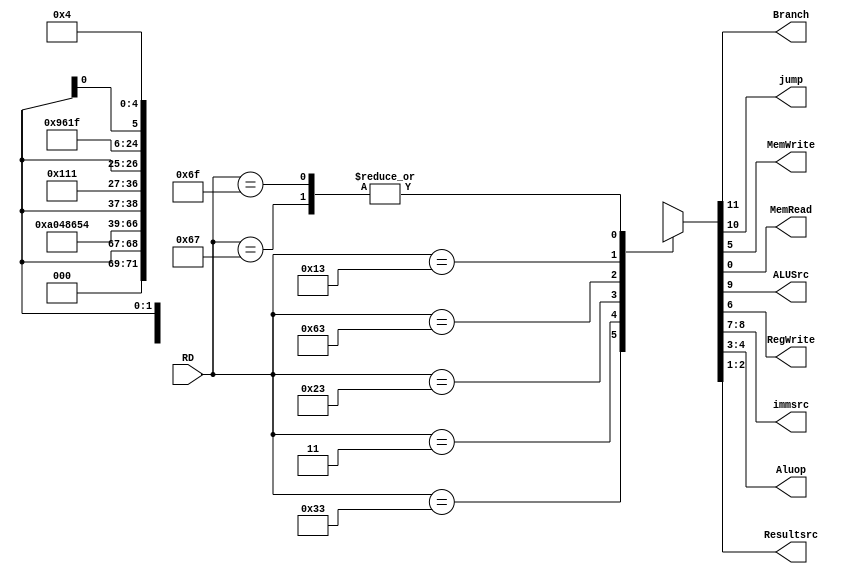
module mainctrl2(
input [6:0] RD,
output Branch,jump,MemWrite,MemRead,ALUSrc,RegWrite,
output [1:0]immsrc,
output [1:0]Aluop,
output[1:0]Resultsrc);

reg [11:0] control;


assign {Branch,jump,ALUSrc,immsrc,RegWrite,MemWrite,Aluop,Resultsrc,MemRead} = control;
always @(*)
begin
case(RD)
7'b0110011 : control <= 12'b0_0_0_xx__1_0_10_00_0; // R-type
7'b0000011 : control <= 12'b0_0_1_00__1_0_00_01_1; // lw-type
7'b0100011 : control <= 12'b0_0_1_01__0_1_00_xx_0; // s-type//sw
7'b1100011 : control <= 12'b1_0_0_01__0_0_01_xx_0; // sb-type
7'b0010011 : control <= 12'b0_0_1_00__1_0_11_00_0; // I-type
7'b1100111 : control <= 12'b0_1_1_11__1_x_00_10_0; // jalr-type
7'b1101111 : control <= 12'b0_1_1_11__1_x_00_10_0; // jal-type
default : control    <= 12'bx_x_x_xx__x_x_xx_xx_x;
endcase
end
endmodule